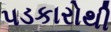
પડકારોથી